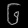
Digit: ၆